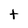
Character: t